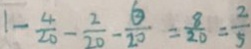
1 - \frac { 4 } { 2 0 } - \frac { 2 } { 2 0 } - \frac { 6 } { 2 0 } = \frac { 8 } { 2 0 } = \frac { 2 } { 5 }